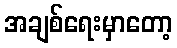
အချစ်ရေးမှာတော့